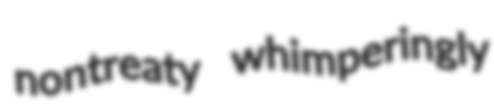
nontreaty whimperingly